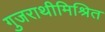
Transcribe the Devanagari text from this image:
गुजराथीमिश्रित